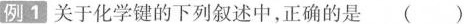
例1关于化学键的下列叙述中，正确的是( )